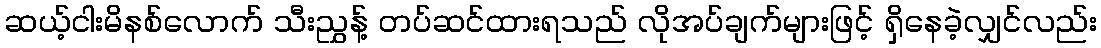
ဆယ့်ငါးမိနစ်လောက် သီးညွှန့် တပ်ဆင်ထားရသည် လိုအပ်ချက်များဖြင့် ရှိနေခဲ့လျှင်လည်း